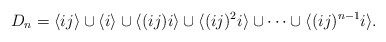
\begin{align*}D_n=\langle ij \rangle \cup \langle i \rangle \cup \langle (ij)i \rangle \cup \langle (ij)^2i \rangle\cup \dots \cup \langle (ij)^{n-1}i \rangle.\end{align*}